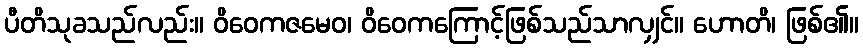
ပီတိသုခသည်လည်း။ ဝိဝေကဇမေဝ၊ ဝိဝေကကြောင့်ဖြစ်သည်သာလျှင်။ ဟောတိ၊ ဖြစ်၏။